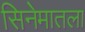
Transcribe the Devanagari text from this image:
सिनेमातला